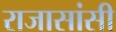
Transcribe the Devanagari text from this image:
राजासांसी